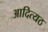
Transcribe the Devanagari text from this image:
आदित्यठ